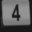
Digit: 4